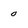
Character: 0